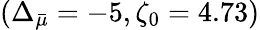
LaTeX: (\Delta_{\bar{\mu}}=-5,\zeta_{0}=4.73)